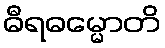
ဓီရဓမ္မောတိ